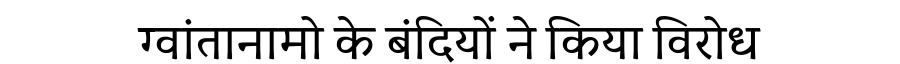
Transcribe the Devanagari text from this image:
ग्वांतानामो के बंदियों ने किया विरोध